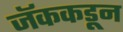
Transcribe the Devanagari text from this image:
जॅककडून